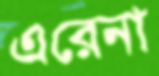
এরেনা